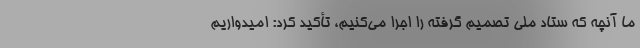
ما آنچه که ستاد ملی تصمیم گرفته را اجرا می‌کنیم، تأکید کرد: امیدواریم